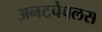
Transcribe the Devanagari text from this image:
अनटचेबलस